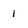
Character: 1